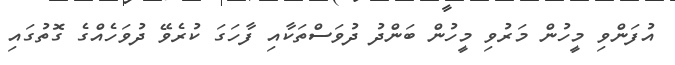
އުފަންވި މީހުން މަރުވި މީހުން ބަންދު ދުވަސްތަކާއި ފާހަގަ ކުރެވޭ ދުވަހެއްގެ ގޮތުގައި